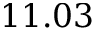
1 1 . 0 3